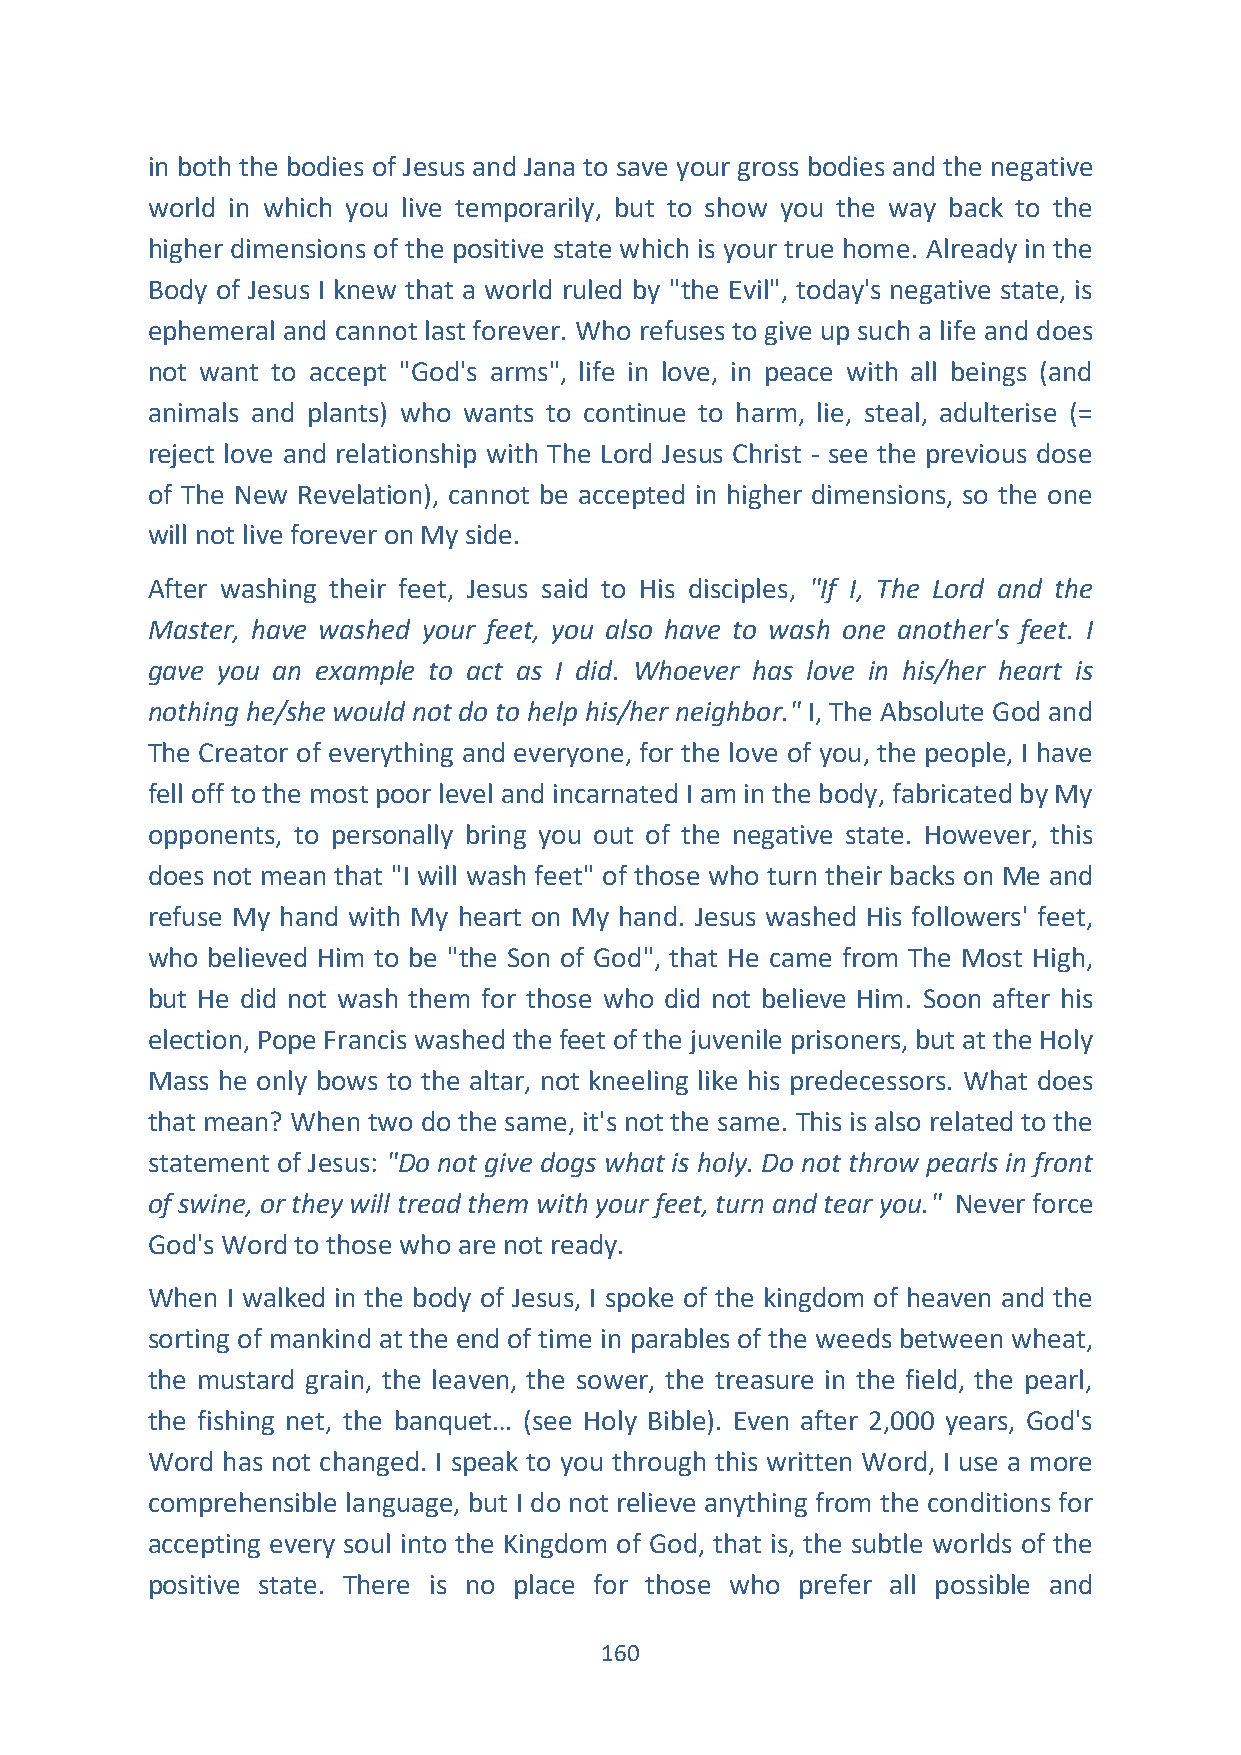
in both the bodies of Jesus and Jana to save your gross bodies and the negative
 world in which you live temporarily, but to show you the way back to the
 higher dimensions of the positive state which is your true home. Already in the
 Body of Jesus I knew that a world ruled by "the Evil", today's negative state, is
 ephemeral and cannot last forever. Who refuses to give up such a life and does
 not want to accept "God's arms", life in love, in peace with all beings (and
 animals and plants) who wants to continue to harm, lie, steal, adulterise (=
 reject love and relationship with The Lord Jesus Christ - see the previous dose
 of The New Revelation), cannot be accepted in higher dimensions, so the one
 will not live forever on My side.
 After washing their feet, Jesus said to His disciples, "If I, The Lord and the
 Master, have washed your feet, you also have to wash one another's feet. I
 gave you an example to act as I did. Whoever has love in his/her heart is
 nothing he/she would not do to help his/her neighbor." I, The Absolute God and
 The Creator of everything and everyone, for the love of you, the people, I have
 fell off to the most poor level and incarnated I am in the body, fabricated by My
 opponents, to personally bring you out of the negative state. However, this
 does not mean that "I will wash feet" of those who turn their backs on Me and
 refuse My hand with My heart on My hand. Jesus washed His followers' feet,
 who believed Him to be "the Son of God", that He came from The Most High,
 but He did not wash them for those who did not believe Him. Soon after his
 election, Pope Francis washed the feet of the juvenile prisoners, but at the Holy
 Mass he only bows to the altar, not kneeling like his predecessors. What does
 that mean? When two do the same, it's not the same. This is also related to the
 statement of Jesus: "Do not give dogs what is holy. Do not throw pearls in front
 of swine, or they will tread them with your feet, turn and tear you." Never force
 God's Word to those who are not ready.
 When I walked in the body of Jesus, I spoke of the kingdom of heaven and the
 sorting of mankind at the end of time in parables of the weeds between wheat,
 the mustard grain, the leaven, the sower, the treasure in the field, the pearl,
 the fishing net, the banquet… (see Holy Bible). Even after 2,000 years, God's
 Word has not changed. I speak to you through this written Word, I use a more
 comprehensible language, but I do not relieve anything from the conditions for
 accepting every soul into the Kingdom of God, that is, the subtle worlds of the
 positive state. There is no place for those who prefer all possible and
 160